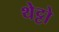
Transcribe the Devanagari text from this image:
थेट्टो